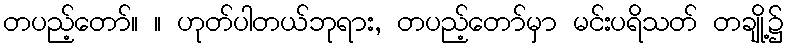
တပည့်တော်။ ။ ဟုတ်ပါတယ်ဘုရား, တပည့်တော်မှာ မင်းပရိသတ် တချို့၌